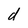
Character: d